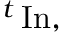
{ } ^ { t } \operatorname { I n } ,